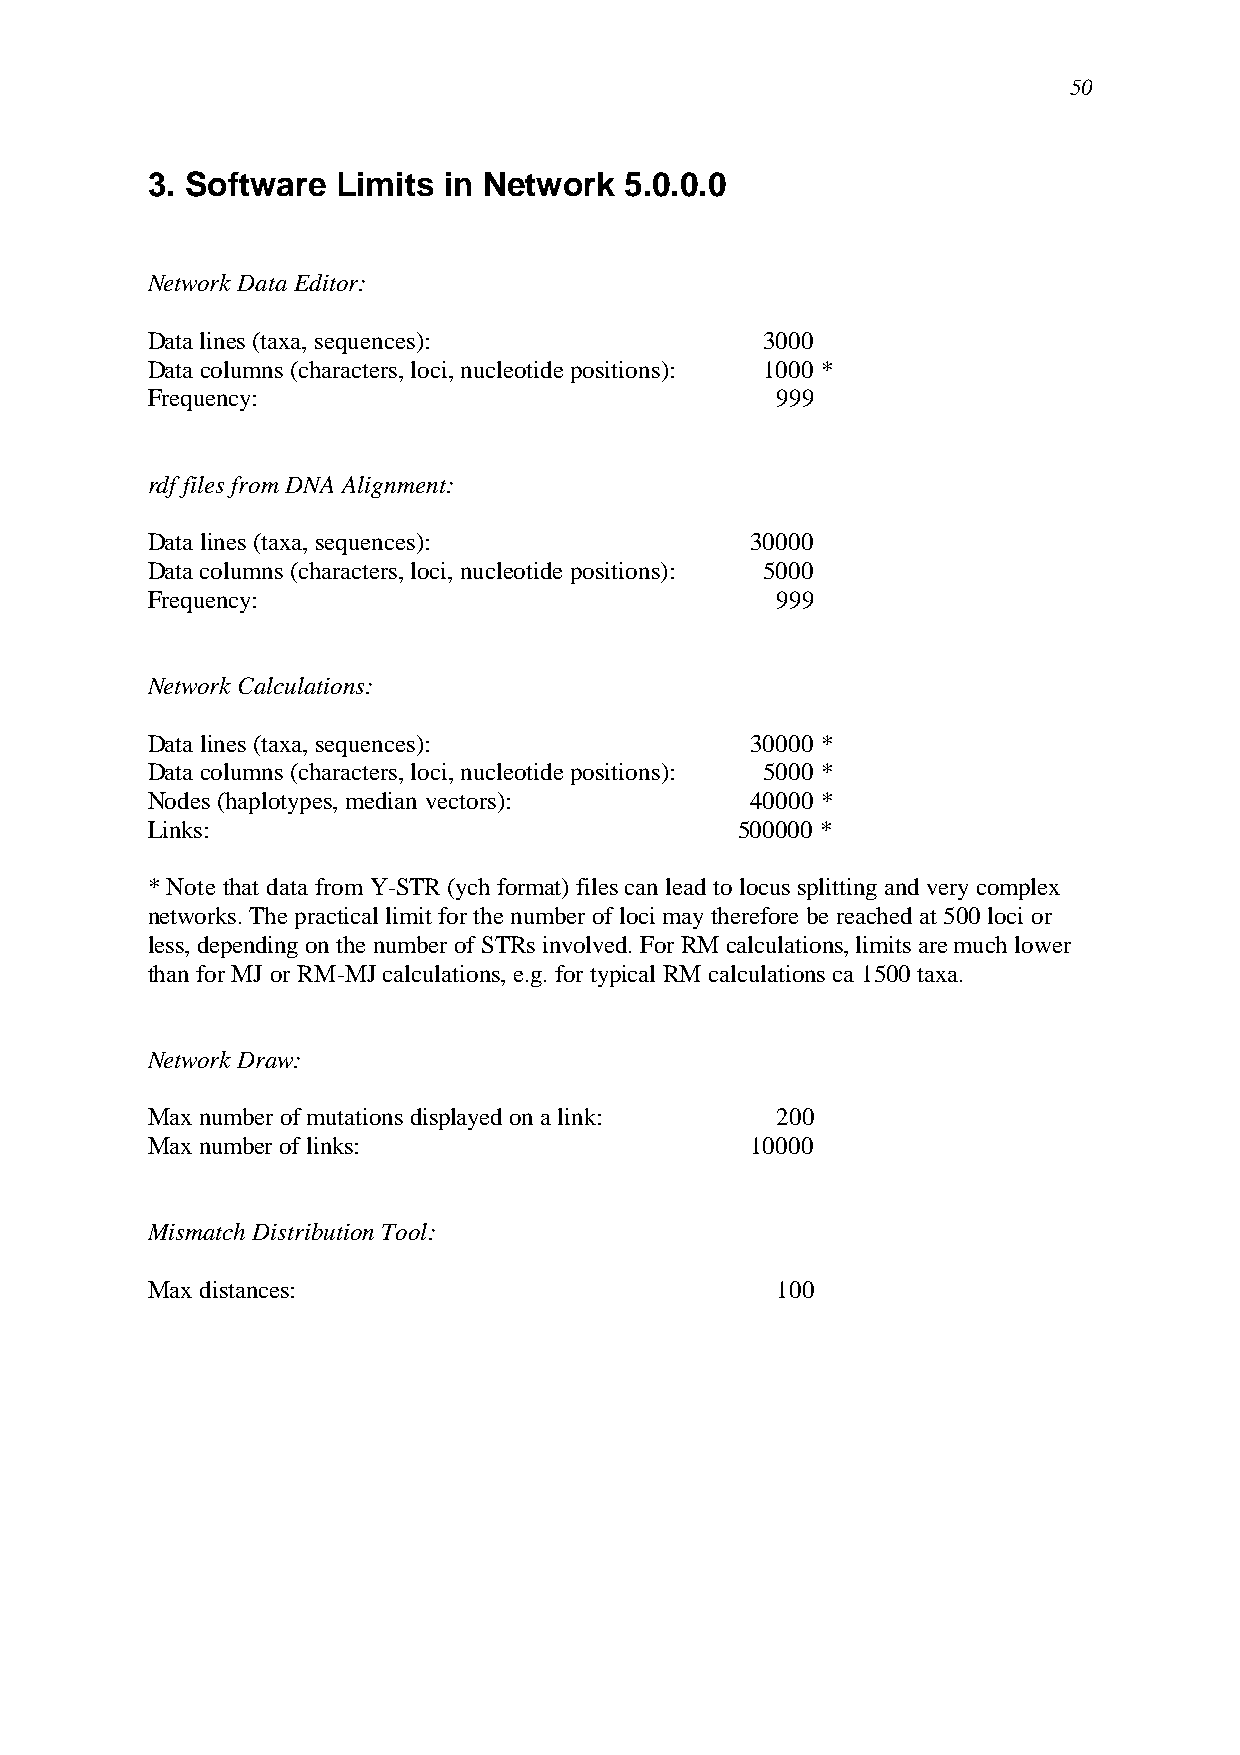
50
 3. Software Limits in Network  5.0.0.0
 Network Data Editor:
 Data lines (taxa, sequences):            3000
 Data columns (characters, loci, nucleotide positions): 1000 *
 Frequency:                               999
 rdf files from DNA Alignment:
 Data lines (taxa, sequences):           30000
 Data columns (characters, loci, nucleotide positions): 5000
 Frequency:                               999
 Network Calculations:
 Data lines (taxa, sequences):           30000 *
 Data columns (characters, loci, nucleotide positions): 5000 *
 Nodes (haplotypes, median vectors):     40000 *
 Links:                                 500000 *
 * Note that data from Y-STR (ych format) files can lead to locus splitting and very complex
 networks. The practical limit for the number of loci may therefore be reached at 500 loci or
 less, depending on the number of STRs involved. For RM calculations, limits are much lower
 than for MJ or RM-MJ calculations, e.g. for typical RM calculations ca 1500 taxa.
 Network Draw:
 Max number of mutations displayed on a link: 200
 Max number of links:                    10000
 Mismatch Distribution Tool:
 Max distances:                           100